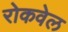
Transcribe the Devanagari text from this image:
रोकवेल